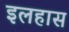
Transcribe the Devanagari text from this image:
इलहास